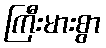
ကြီးမားစွာ